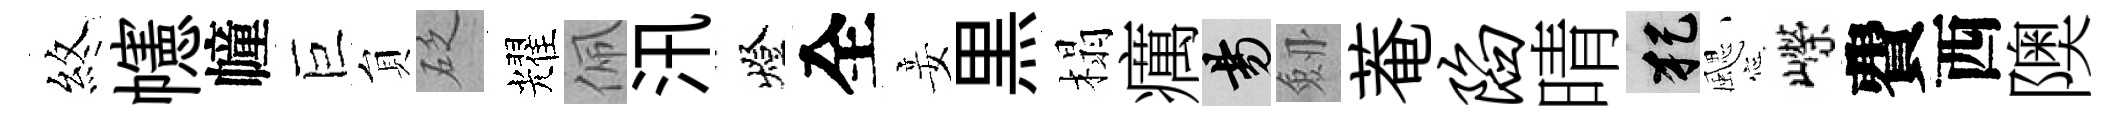
煞幰幢巨貟砭耀佩汛燈全妾黒榻癘昜劔菴陷晴犯颸嶸費西隩